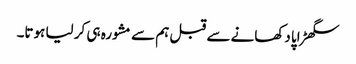
سگھڑاپا دکھانے سے قبل ہم سے مشورہ ہی کر لیا ہوتا۔